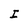
Character: I